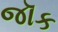
જૉક